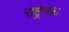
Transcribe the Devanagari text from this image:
राष्ट्रभक्त